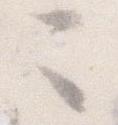
ニ